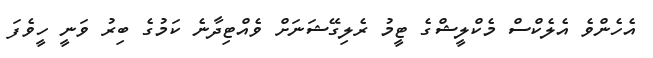
އެހެންވެ އެލެކްސް މެކްލީޝްގެ ޓީމު ރެލިގޭޝަނަށް ވެއްޓިދާނެ ކަމުގެ ބިރު ވަނީ ހީވެފަ